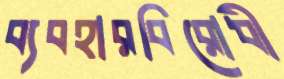
ব্যবহারবিরোধী